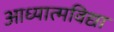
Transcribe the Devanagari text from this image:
आध्यात्मविद्या